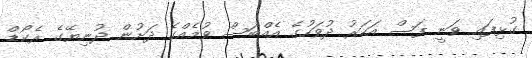
ގުޅިފައި ވަނީ ފަސް އަހަރު ދުވަހުގެ އެއްބަސް ވުމެއްގެ ދަށުން ދުނިޔޭގެ ރެކޯޑް